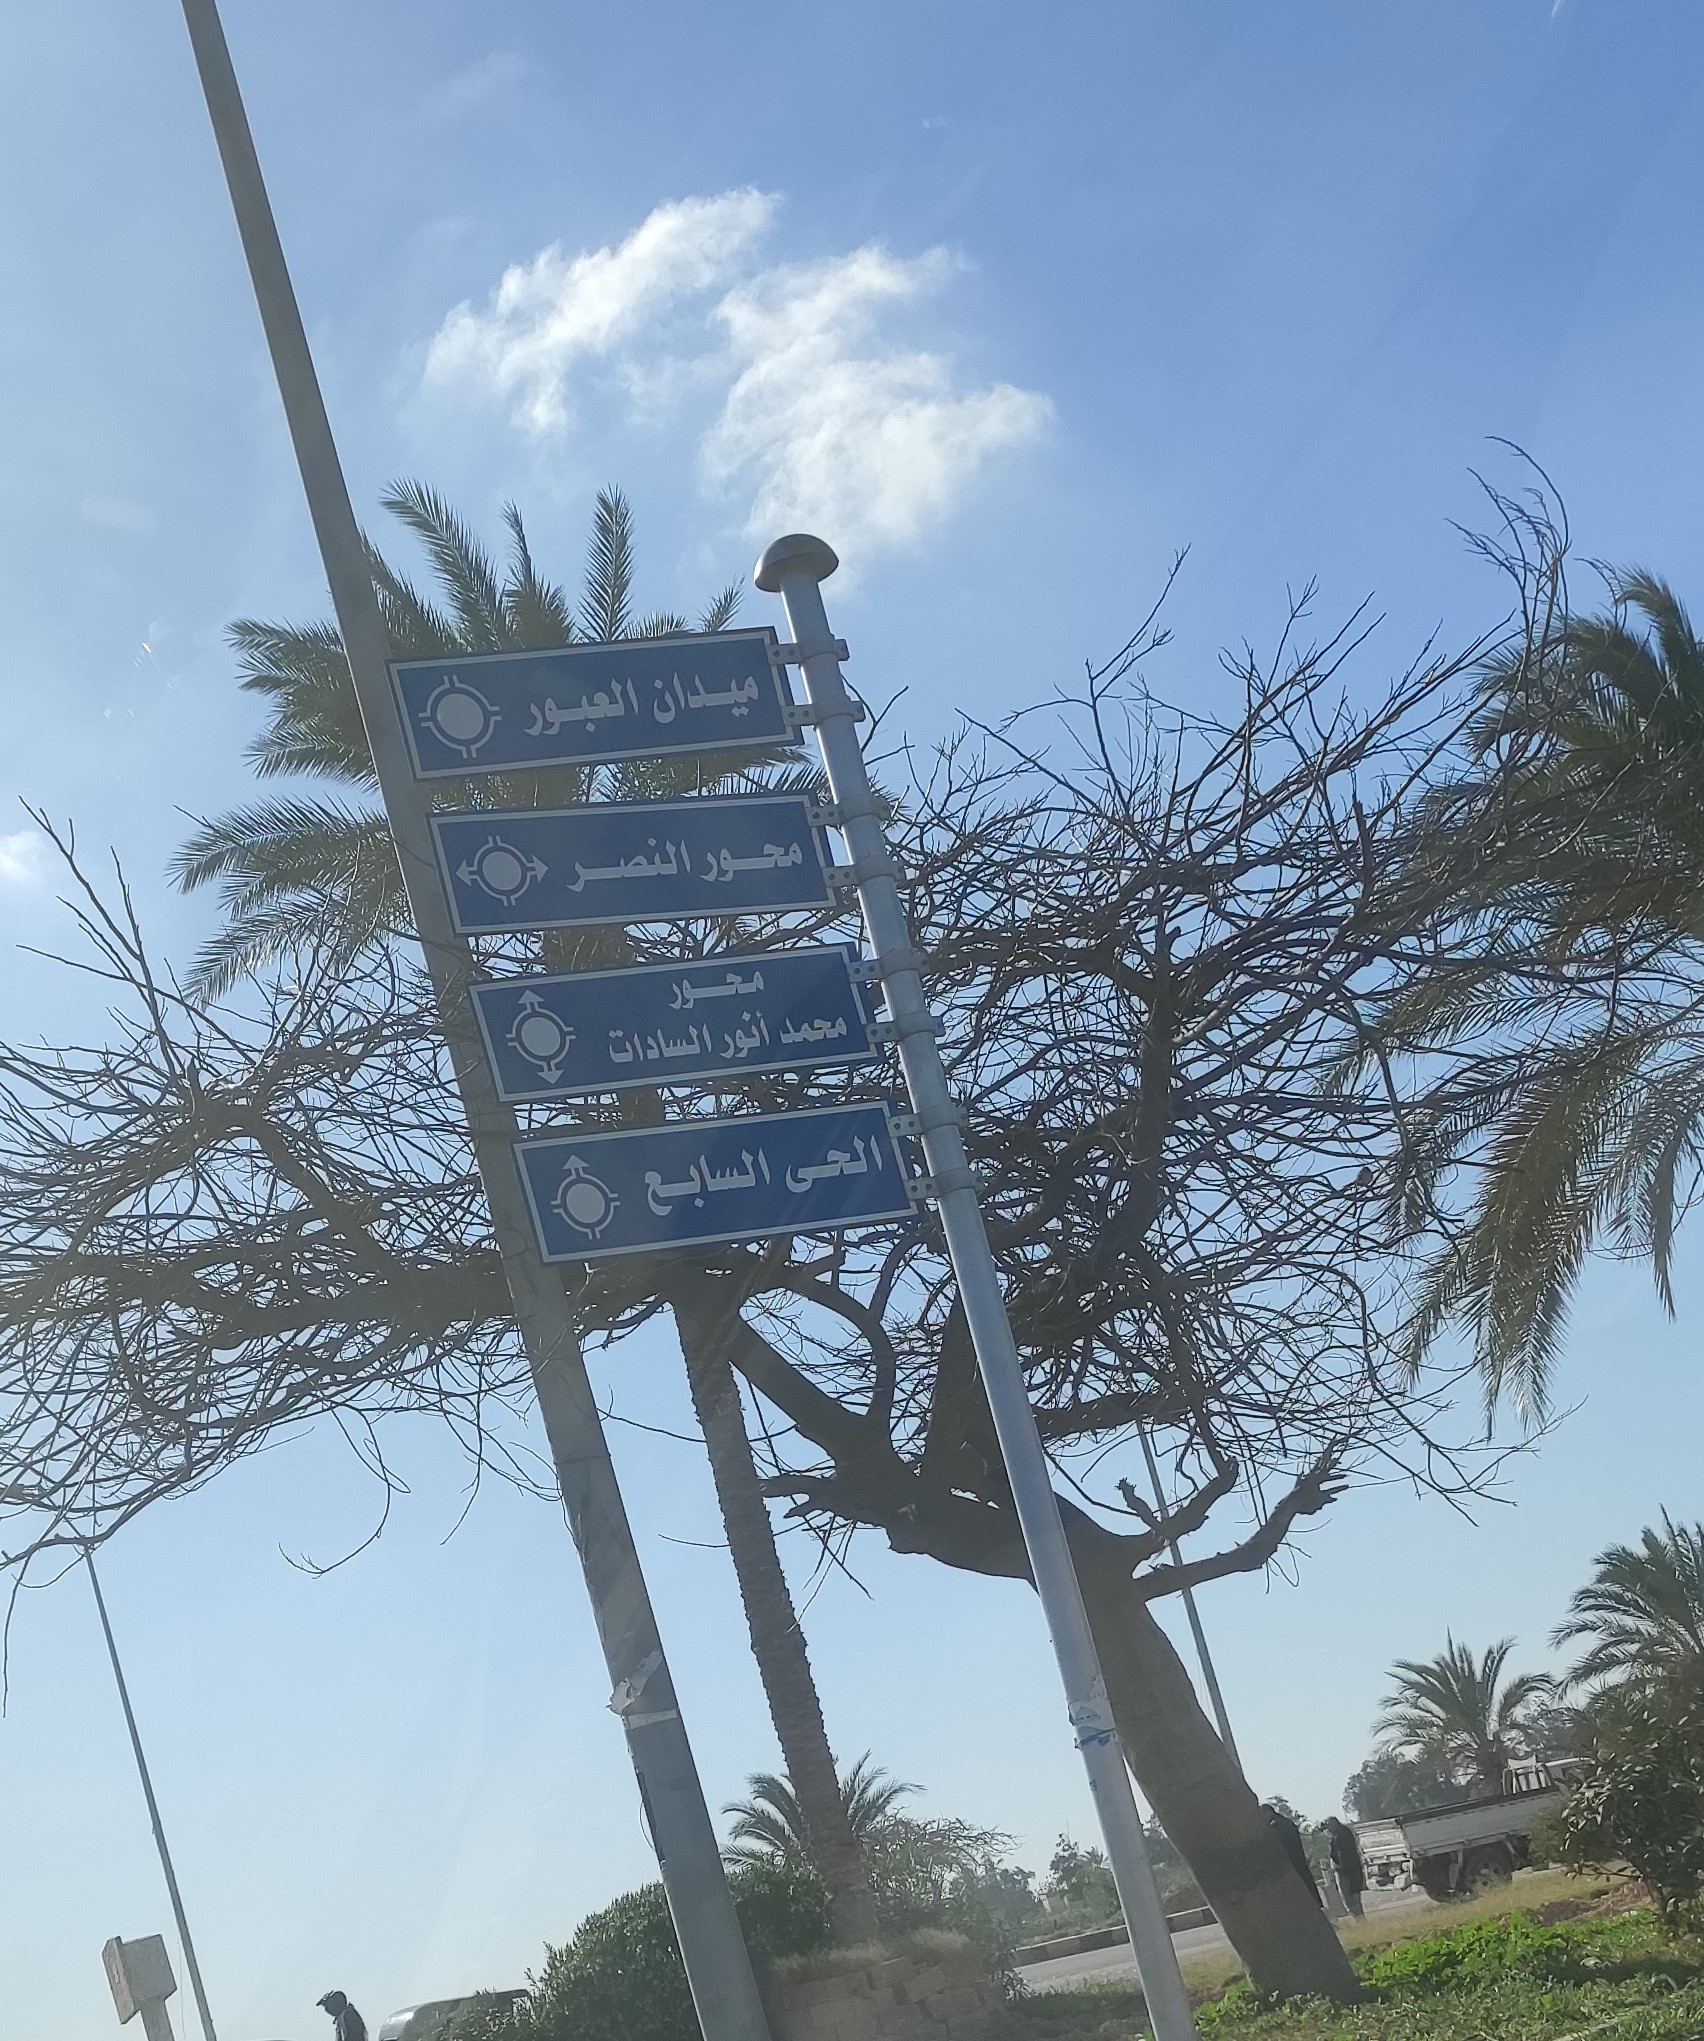
Text in image: ميدان العبور محور النصر محور محمد أنور السادات الحى السابع